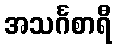
အသင်္ဂစာရီ